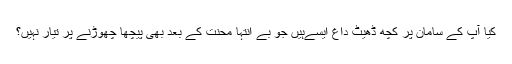
کیا آپ کے سامان پر کچھ ڈھیٹ داغ ایسےہیں جو بے انتہا محنت کے بعد بھی پیچھا چھوڑنے پر تیار نہیں؟